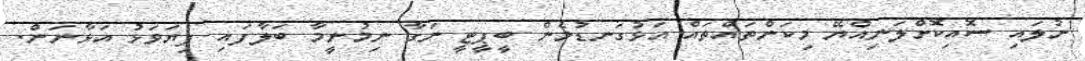
ނުލައި ސޮއިކޮށްލަނިއްޔޭ މިކަންތައްތައް އަޅުގަނޑުމެން ބީޕީޓީ ނަގާ ނިމުނީމާ ބަލާފައި ފިޔަވަޅު އަޅާނަން.